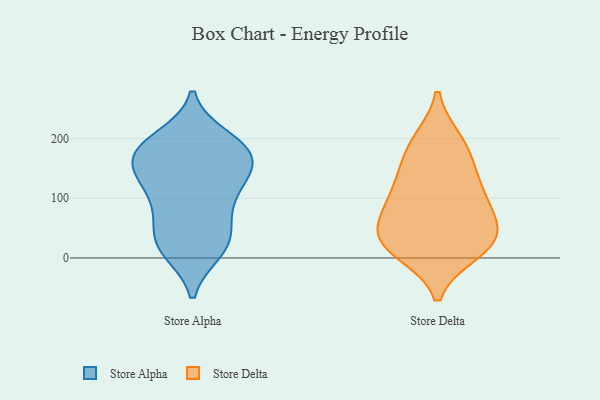
{"axis": {"x": "Page Views", "y": "Value"}, "legend": ["Store Alpha", "Store Delta"], "data": [{"x": "", "y": 91, "type": "Store Alpha"}, {"x": "", "y": 29, "type": "Store Alpha"}, {"x": "", "y": 173, "type": "Store Alpha"}, {"x": "", "y": 159, "type": "Store Alpha"}, {"x": "", "y": 200, "type": "Store Alpha"}, {"x": "", "y": 191, "type": "Store Alpha"}, {"x": "", "y": 180, "type": "Store Alpha"}, {"x": "", "y": 180, "type": "Store Alpha"}, {"x": "", "y": 12, "type": "Store Alpha"}, {"x": "", "y": 179, "type": "Store Alpha"}, {"x": "", "y": 18, "type": "Store Alpha"}, {"x": "", "y": 141, "type": "Store Alpha"}, {"x": "", "y": 19, "type": "Store Alpha"}, {"x": "", "y": 130, "type": "Store Alpha"}, {"x": "", "y": 133, "type": "Store Alpha"}, {"x": "", "y": 74, "type": "Store Alpha"}, {"x": "", "y": 53, "type": "Store Alpha"}, {"x": "", "y": 115, "type": "Store Alpha"}, {"x": "", "y": 24, "type": "Store Delta"}, {"x": "", "y": 94, "type": "Store Delta"}, {"x": "", "y": 104, "type": "Store Delta"}, {"x": "", "y": 150, "type": "Store Delta"}, {"x": "", "y": 63, "type": "Store Delta"}, {"x": "", "y": 25, "type": "Store Delta"}, {"x": "", "y": 79, "type": "Store Delta"}, {"x": "", "y": 34, "type": "Store Delta"}, {"x": "", "y": 191, "type": "Store Delta"}, {"x": "", "y": 27, "type": "Store Delta"}, {"x": "", "y": 139, "type": "Store Delta"}, {"x": "", "y": 196, "type": "Store Delta"}, {"x": "", "y": 11, "type": "Store Delta"}]}